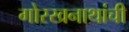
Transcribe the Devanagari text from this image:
गोरखनाथांची